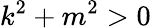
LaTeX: k^{2}+m^{2}>0